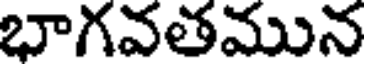
భాగవతమున